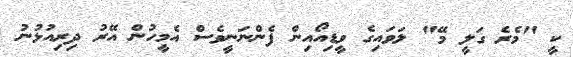
ކީ "މެރެ ގަލީ މޭ" ލަވައިގެ ވީޑިއޯއިން ފެންނަނީވެސް އެމީހުން އޭރު ދިރިއުޅުނު